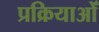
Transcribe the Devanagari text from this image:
प्रक्रियाओँ